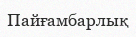
Пайғамбарлық